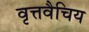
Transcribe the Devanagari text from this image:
वृत्तवैचिय